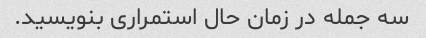
سه جمله در زمان حال استمراری بنویسید.